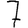
Digit: 7